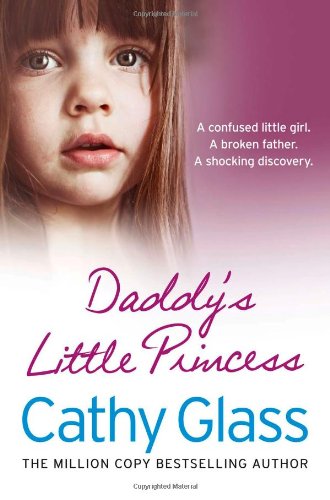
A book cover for Daddy's Little Princess; Cathy Glass; Parenting & Relationships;